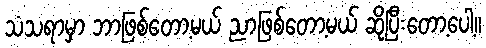
သံသရာမှာ ဘာဖြစ်တော့မယ် ညာဖြစ်တော့မယ် ဆိုပြီးတော့ပေါ့။